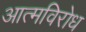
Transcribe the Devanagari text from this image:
आत्मविरोध